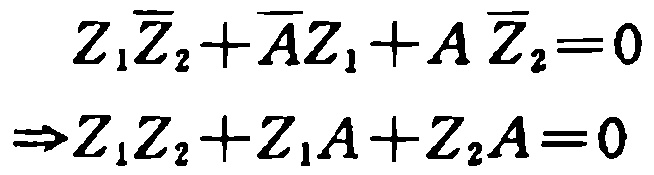
\[
\begin{align*}
Z_1\overline{Z_2}+\overline{A}Z_1 + A\overline{Z_2}&=0\\
\Rightarrow Z_1Z_2+Z_1A + Z_2A&=0
\end{align*}
\]